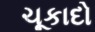
ચૂકાદો